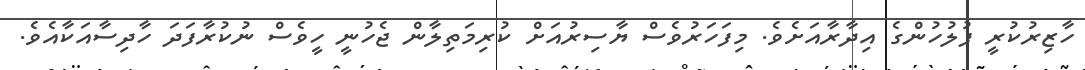
ހާޒިރުކުރީ ފުލުހުންގެ އިދާރާއަށެވެ. މިފަހަރުވެސް ޔާސިރުއަށް ކުރިމަތިލާން ޖެހުނީ ހީވެސް ނުކުރާފަދަ ހާދިސާއަކާއެވެ.